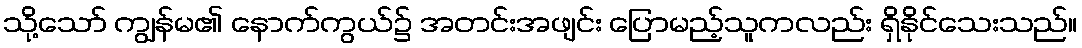
သို့သော် ကျွန်မ၏ နောက်ကွယ်၌ အတင်းအဖျင်း ပြောမည့်သူကလည်း ရှိနိုင်သေးသည်။